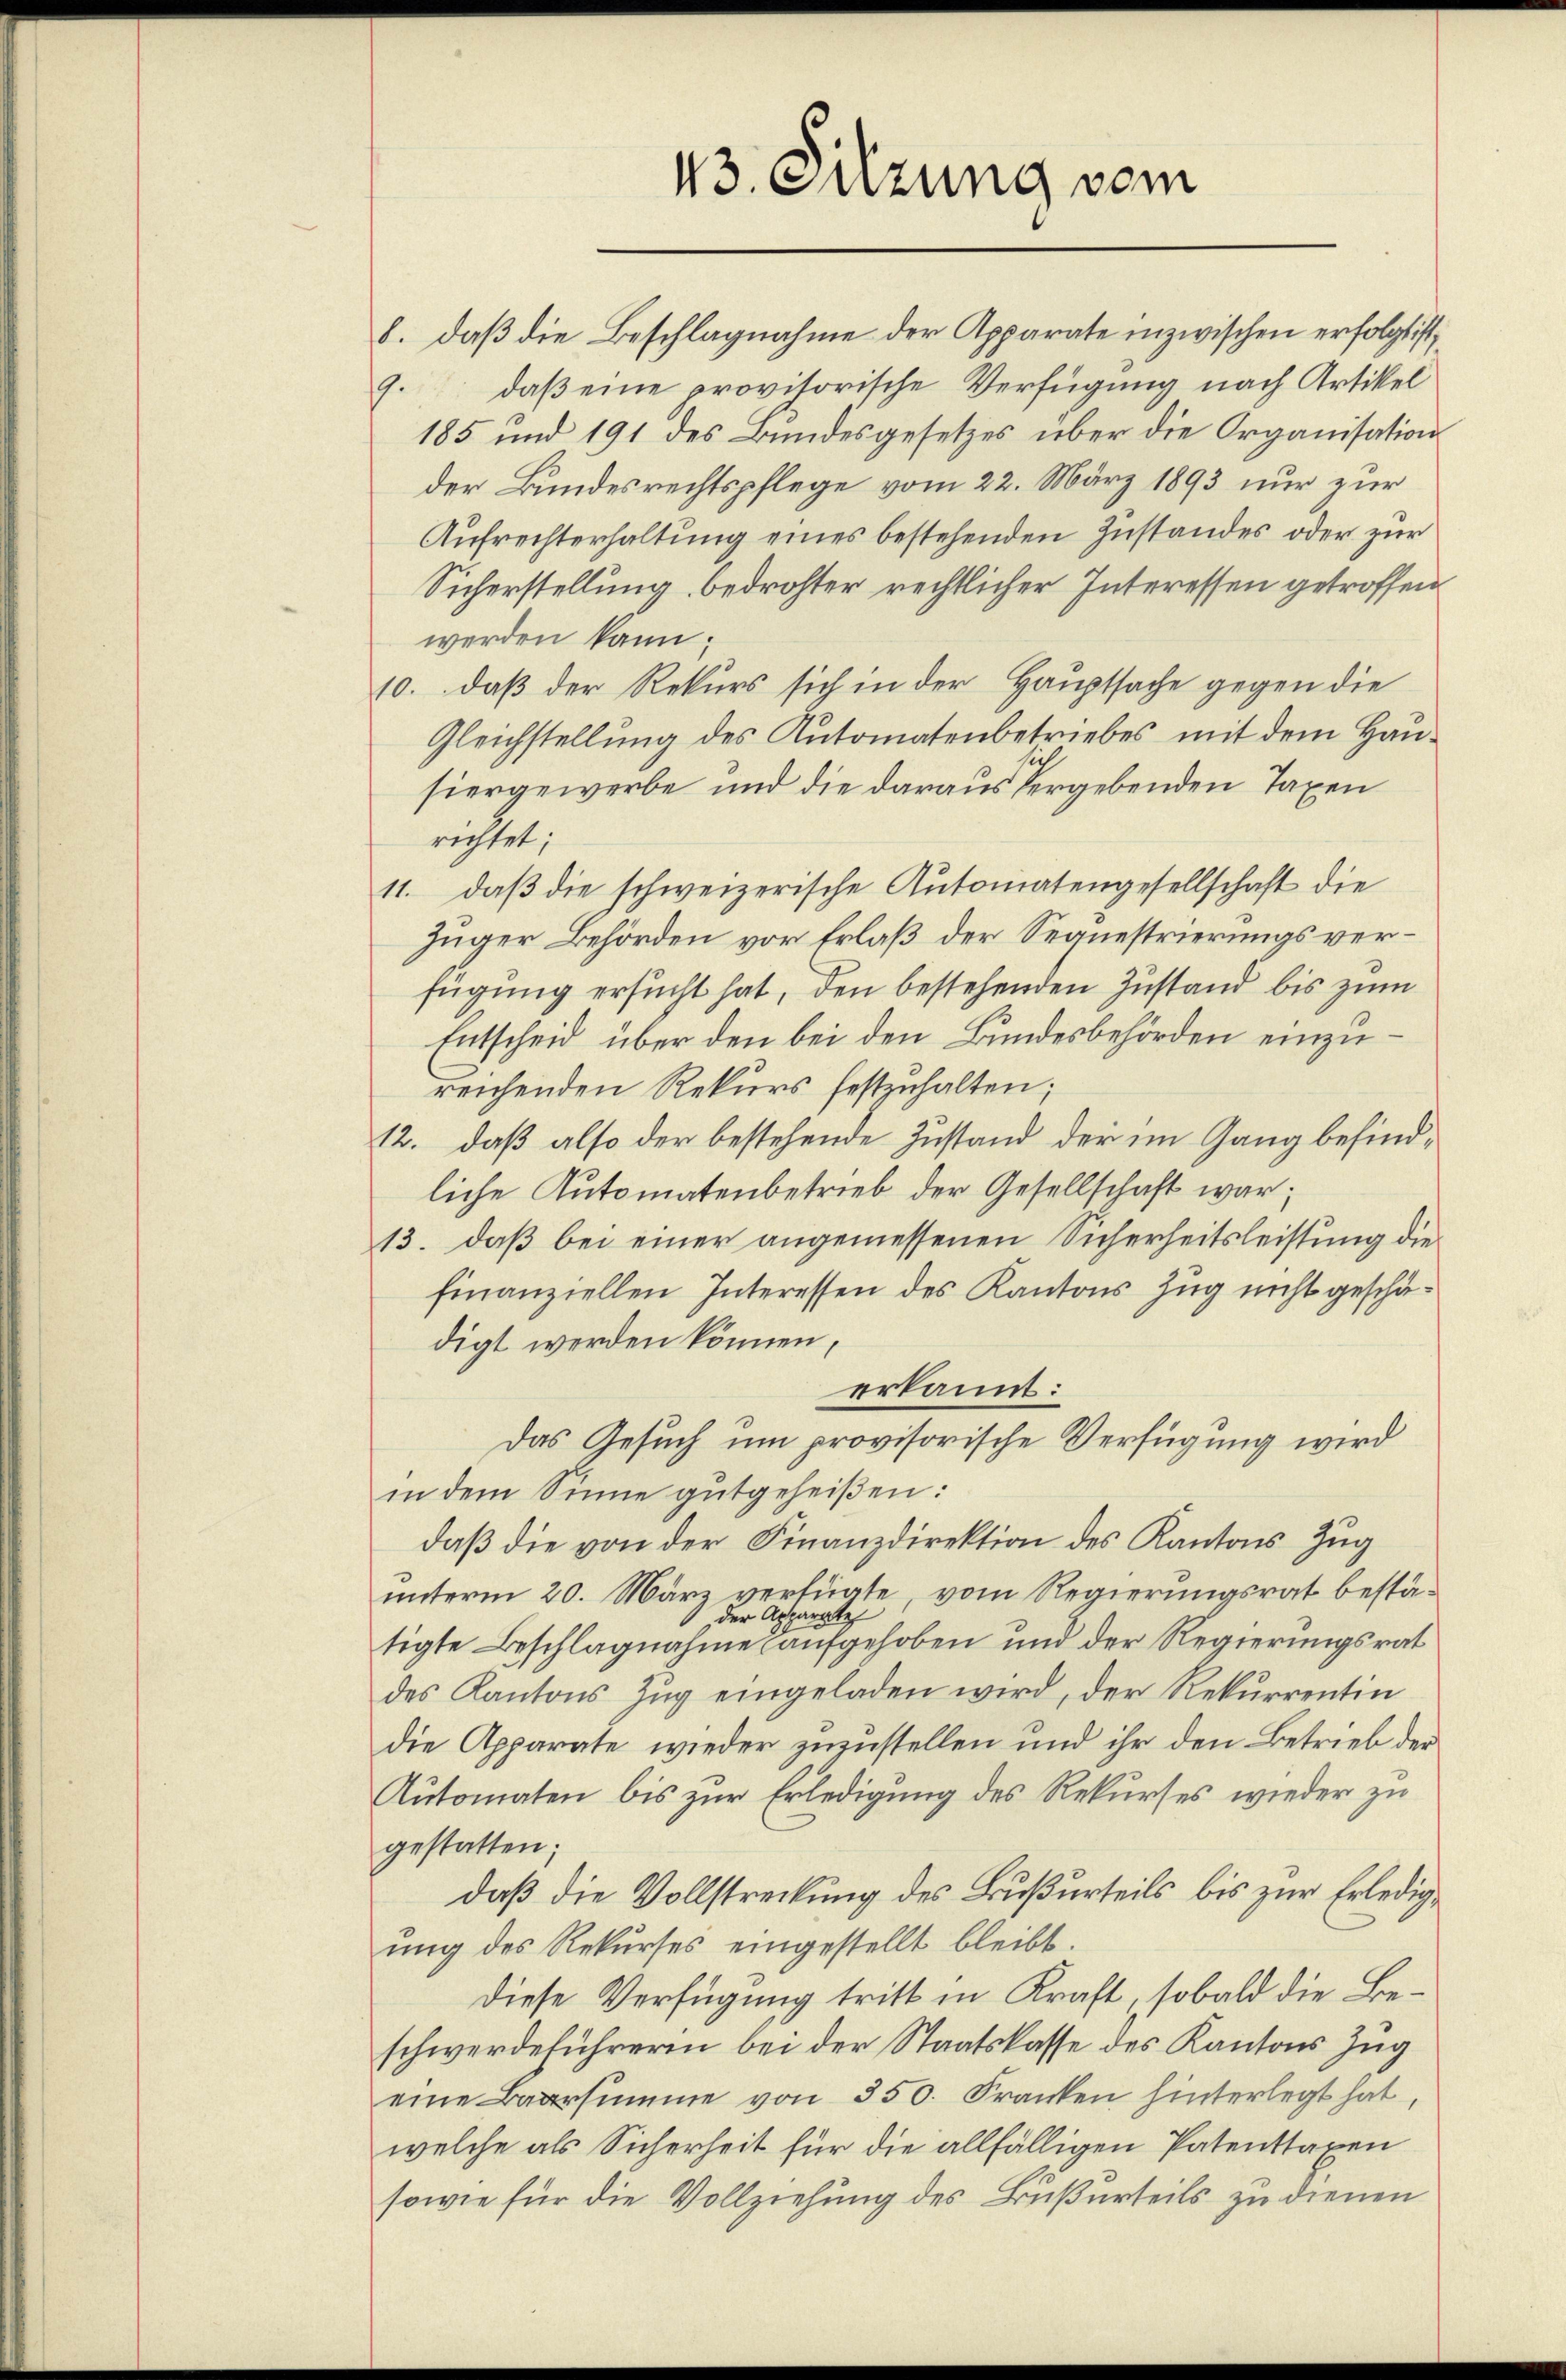
43. Suzung vom

9. daß eine provisorische Verfügung nach Artikel
185 und 191 des Bundesgesetzes über die Organisation
der Bundesrechtspflege vom 22. März 1893 nur zur
Aufrechterhaltung eines bestehenden Zustandes oder zur
Sicherstellung bedrohter rechtlicher Interessen getroffen
werden kann.
10. daß der Rekurs sich in der Hauptsache gegen die
Gleichstellung des Automatenbetriebes mit dem Hauhiergewerbe und die daraus vergebenden Taxen
richtet;
11. daß die schweizerische Autoniatengesellschaft die
Zuger Behörden vor Erlaß der Sequestrierungsverfügung ersucht hat, den bestehenden Zustand bis zum
Entscheid über den bei den Bundesbehörden einzureichenden Rekurs festzuhalten;
12. daß also der bestehende Zustand der im Gang befindliche Automatenbetrieb der Gesellschaft war;
13. daß bei einer angemessenen Sicherheitsleistung die
finanziellen Interessen des Kantons Zug nicht geschädigt werden können,
erkannt:
Das Gesuch um provisorische Verfügung wird
in dem Sinne gutgeheißen:
daβ die von der Finanzdirektion des Kantons Zug
unterm 20. März verfügte, vom Regierungsrat bestäder Apparate
tigte Beschlagnahme aufgehoben und der Regierungsrat
des Kantons Zŭg eingeladen wird, der Rekurrentin
die Apparate wieder zuzustellen und ihr den Betrieb der
Automaten bis zur Erledigung des Rekurses wieder zu
gestatten;
daß die Vollstreckung des Bußurteils bis zur Erledigung des Rekurses eingestellt bleibt.
Diese Verfügung tritt in Kraft, sobald die Beschwerdeführeren bei der Staatskasse des Kantons Zug
eine Baarsimme von 350. Franken hinterlegt hat,
welche als Sicherheit für die allfälligen Patenttaxen
sowie für die Vollziehung des Bußurteils zu dienen

8. daß die Beschlagnahme der Apparate inzwischen erfolgt ist,